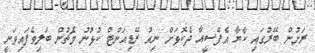
ރަށުން ބޭރުގައި ކާޔާ އެފްސީއާ ދެކޮޅަށް ނިއު ރޭޑިއަންޓް ކުޅުނު މެޗުން ބަލިވެފައިވަނީ